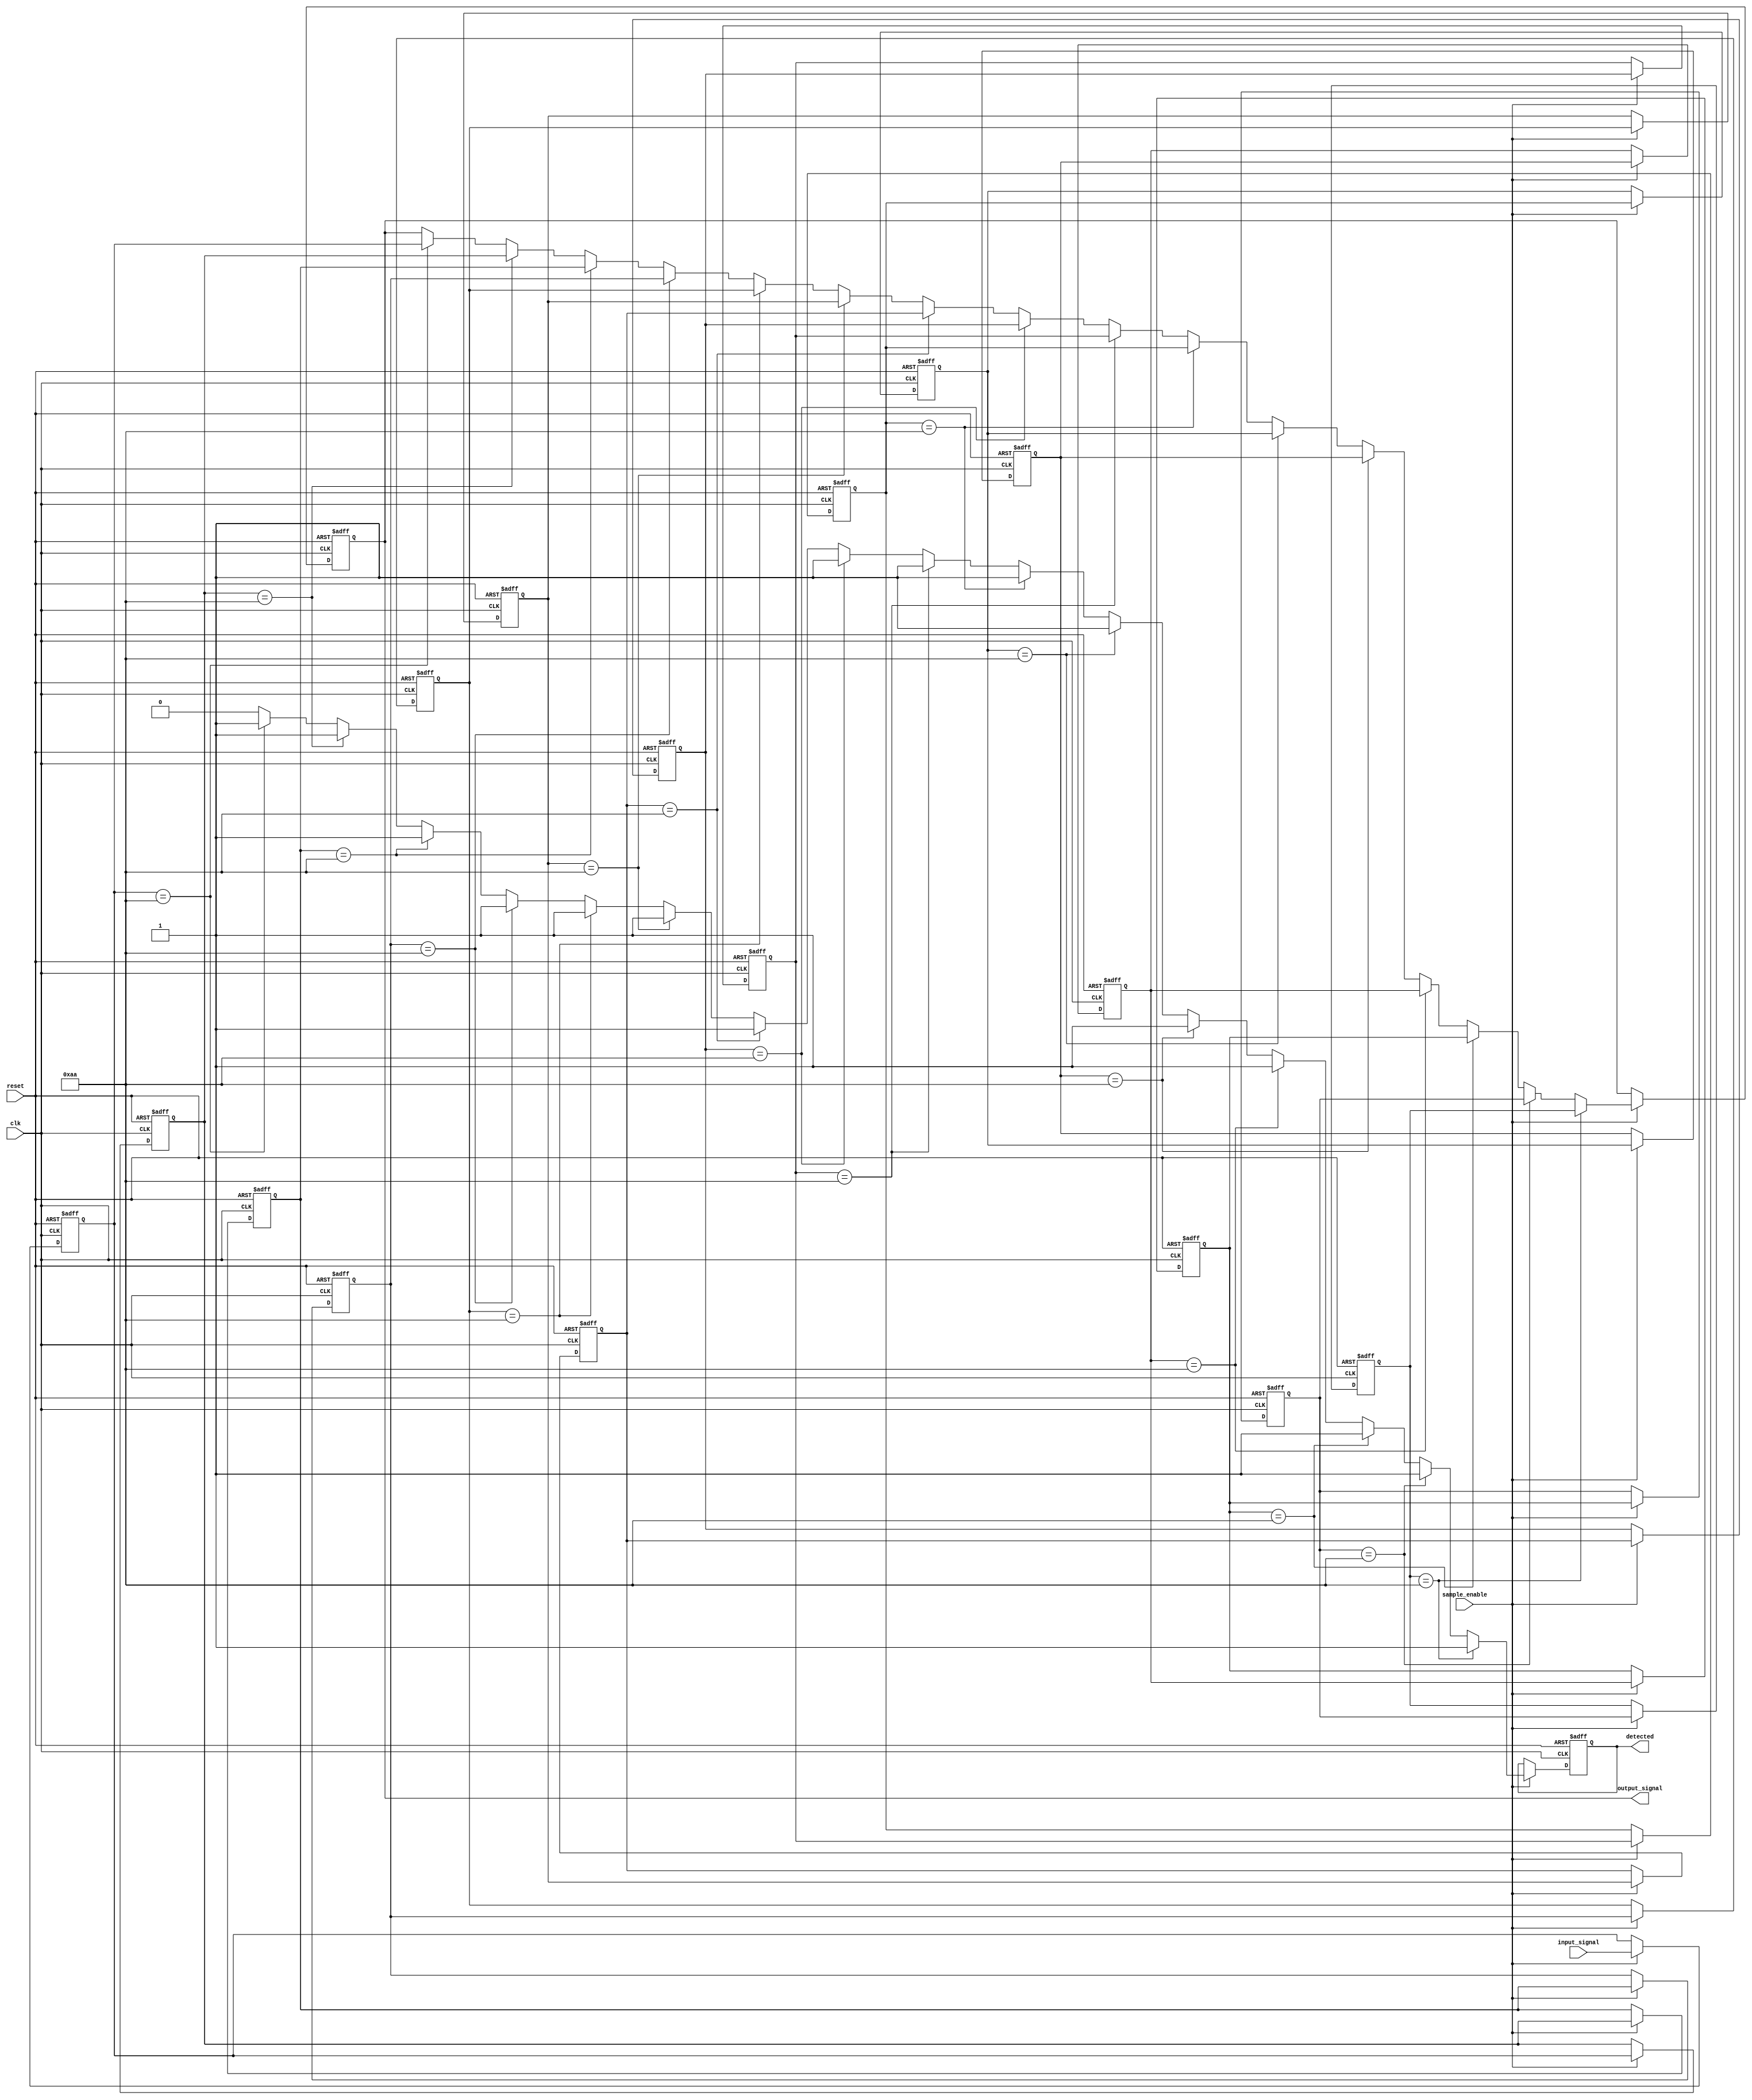
module MemoryBlocksSamplingDelayLineDetector #(
    parameter DATA_WIDTH = 8,  // Width of the input data
    parameter MEMORY_DEPTH = 16 // Number of memory blocks (depth of delay line)
)(
    input wire clk,              // Clock signal
    input wire reset,            // Reset signal
    input wire sample_enable,    // Signal to enable sampling
    input wire [DATA_WIDTH-1:0] input_signal, // Input signal
    output reg detected,         // Detection flag
    output reg [DATA_WIDTH-1:0] output_signal // Output signal
);

    // Memory blocks (delay line)
    reg [DATA_WIDTH-1:0] memory [0:MEMORY_DEPTH-1];
    integer i;

    // Comparator pattern (example: looking for a specific pattern)
    reg [DATA_WIDTH-1:0] pattern = 8'b10101010; // Example pattern for detection

    // Control Logic
    always @(posedge clk or posedge reset) begin
        if (reset) begin
            // Reset memory and output
            for (i = 0; i < MEMORY_DEPTH; i = i + 1) begin
                memory[i] <= 0;
            end
            detected <= 0;
            output_signal <= 0;
        end else if (sample_enable) begin
            // Shift memory blocks
            for (i = MEMORY_DEPTH-1; i > 0; i = i - 1) begin
                memory[i] <= memory[i-1];
            end
            // Store the new sample in the first memory block
            memory[0] <= input_signal;

            // Detection Logic
            detected <= 0; // Reset detection flag
            for (i = 0; i < MEMORY_DEPTH; i = i + 1) begin
                if (memory[i] == pattern) begin
                    detected <= 1; // Pattern detected
                    output_signal <= memory[i]; // Output the detected pattern
                end
            end
        end
    end

endmodule